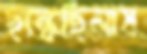
ছল্‌কেছিলাম